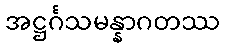
အဋ္ဌင်္ဂသမန္နာဂတဿ